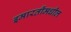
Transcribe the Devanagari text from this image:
इमारतींमधील